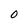
Character: 0